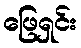
ဖြေရှင်း